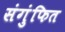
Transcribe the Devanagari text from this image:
संगुंफित